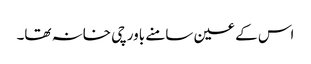
اس کے عین سامنے باورچی خانہ تھا۔